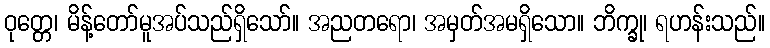
ဝုတ္တေ၊ မိန့်တော်မူအပ်သည်ရှိသော်။ အညတရော၊ အမှတ်အမရှိသော။ ဘိက္ခု၊ ရဟန်းသည်။